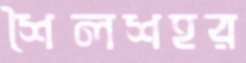
শৈলশহর